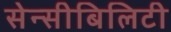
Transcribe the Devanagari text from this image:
सेन्सीबिलिटी